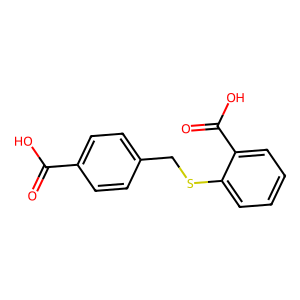
SMILES: O=C(O)c1ccc(CSc2ccccc2C(=O)O)cc1
Inhibits HIV replication: No